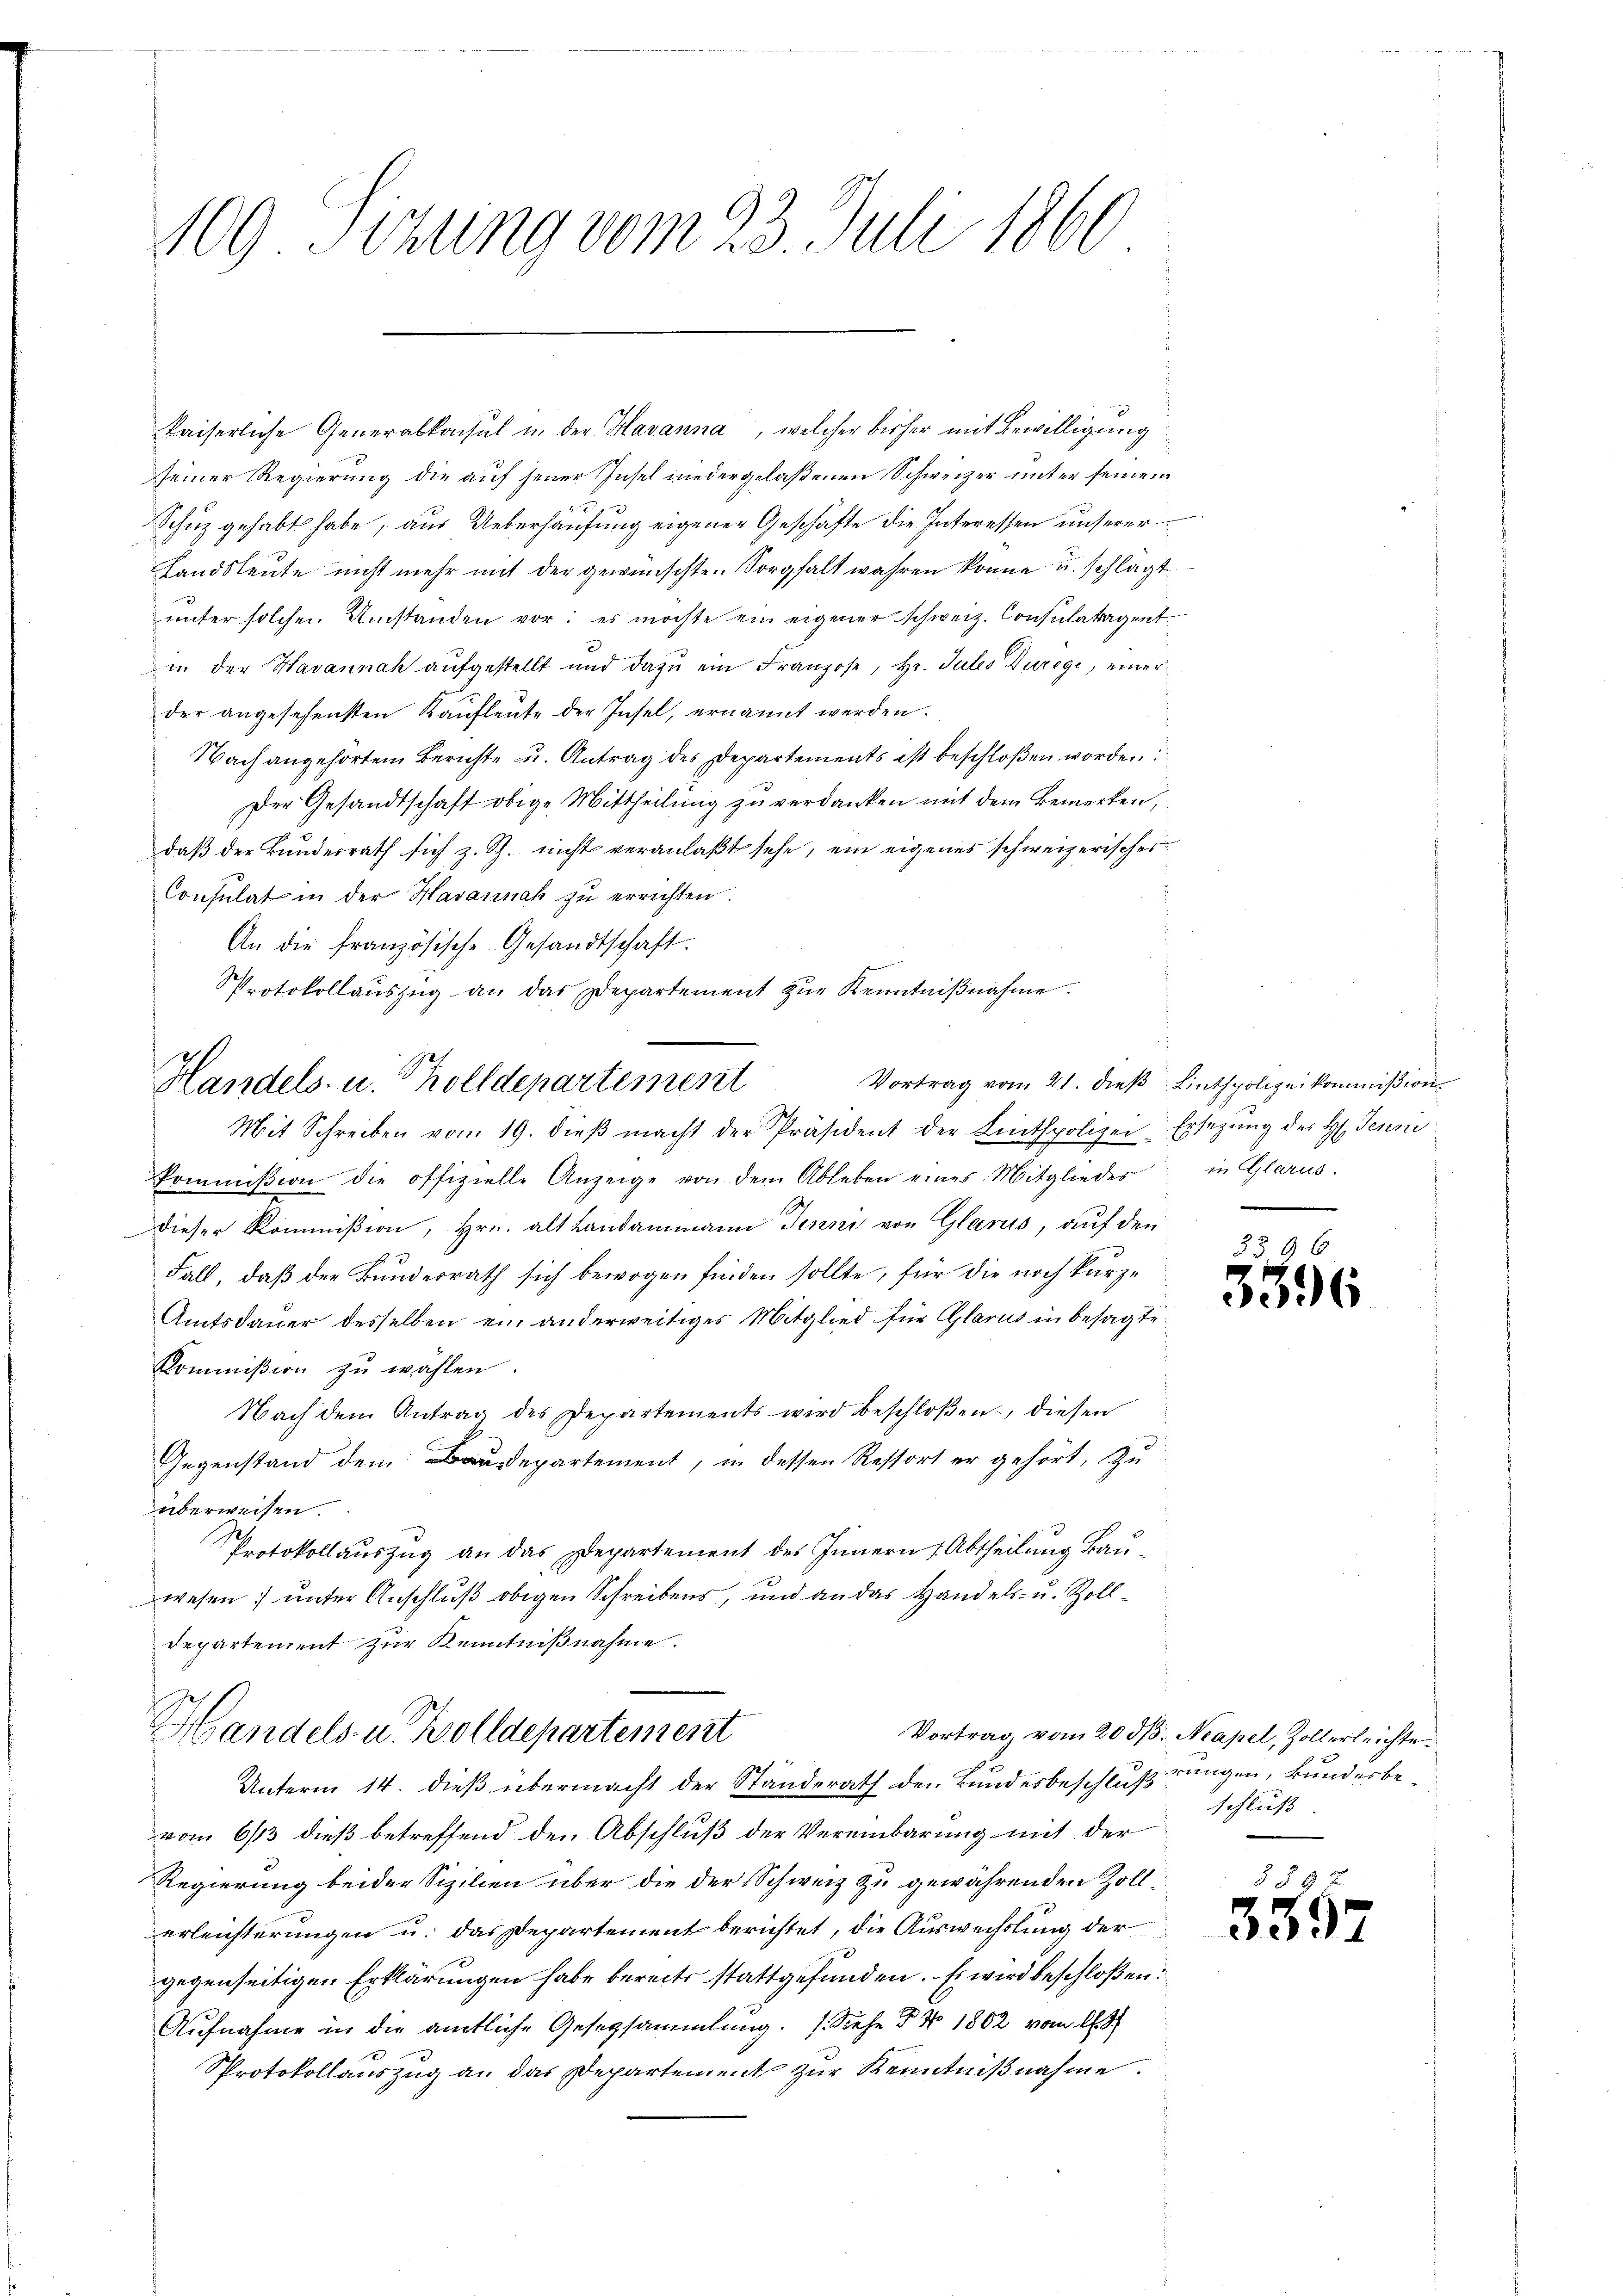
109 Sitzung vom 23. Juli 1860

kaiserliche Generabkonsul in der Havanna, welcher bisher mit Bewilligung
seiner Regierung die auf jener Insel niedergelaßenen Schweizer unter seinem
5
Schutz gehabt habe, aus Ueberhausung eigener Geschäfte die Interessen unserer
Landsleute nicht mehr mit der gewünschten Sorgfalt wahren könne u. schlagt
unter solchen Umstanden vor; es möchte ein eigener schweiz. Consulatagent
in der Havannah aufgestellt und dazu ein Franzose, Hr. Jules Durege, einer
der angesehensten Kaufleute der Insel, ernannt werden.
Nach angehörten Berichte u. Antrag des Departements ist beschloßen worden?
Der Gesandtschaft obige Mittheilung zu verdanken mit dem Bemerken,
daß der Bundesrath sich z. Sch. nicht veranlaßt sehe, ein eigenes schweizerisches
Consulat in der Havannah zu errichten.
An die französische Gesandtschaft.
Protokollaŭszŭg an das Departement zŭr Kenntniβnahme.
Mit Schreiben vom 19. dieβ macht der Präsident der Linthpolizei-Ersetzŭng des H. Jenne
kommißion die offizielle Anzeige von dem Ableben eines Mitglieder in Glarus:
dieser Kommißion, Hrn. alt Landammann Jenni von Glarus, auf den
E
Fall, daß der Bunderrath sich bewogen finden sollte, für die noch kürz¬
Amtsdauer desselben ein anderweitiges Mitglied für Glarus in besagte
Commißion zu wählen.
Nach dem Antrag des Departements wird beschloßen, diesen
Gegenstand dem Baudepartement, in dessen Ressort er gehört, zu
überweisen.
Protokollauszug an das Departement des Innern Abtheilung Bauwesen unter Anschluß obigen Schreibens, und an das Handels- u. Zoll-
departement zur Kenntnißnahme.
Handels- u. Wolldepartement
Vortrag vom 20. ds. Neapel, Zollerleichte
Unterm 14. dieß übermacht der Standerath den Bundesbeschlußrungen, kundesbevom 6/13 dieß betreffend den Abschluß der Vereinbarung mit der
Regierung beider Sizilien über die der Schweiz zu gewährenden Zollerleichterungen u. das Departement berichtet, die Auswechslung der
gegenseitigen Erklärungen habe bereits stattgefunden. – Es wird beschloßen:
Aufnahme in die amtliche Gesetzsammlung. (Siehe § N 1802 vom 19.
Protokollauszug an das Departement zur Kenntnißnahme.

Handels- u. holldepartement

Vortrag vom 21. dieβ Linthpolizeikommißion
.

5596

schluß

555